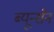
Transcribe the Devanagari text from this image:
ब्यून्सेन